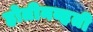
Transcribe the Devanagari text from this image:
होतीनव्हती